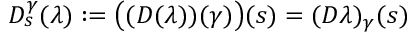
D _ { s } ^ { \gamma } ( \lambda ) : = \bigl ( ( D ( \lambda ) ) ( \gamma ) \bigr ) ( s ) = ( D \lambda ) _ { \gamma } ( s )